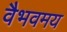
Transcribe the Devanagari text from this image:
वैभवमय